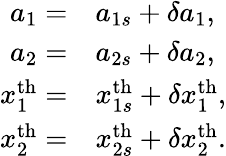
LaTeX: \begin{array}{rl}{a_{1}=}&{a_{1s}+\delta a_{1},}\\ {a_{2}=}&{a_{2s}+\delta a_{2},}\\ {x_{1}^{\mathrm{th}}=}&{x_{1s}^{\mathrm{th}}+\delta x_{1}^{\mathrm{th}},}\\ {x_{2}^{\mathrm{th}}=}&{x_{2s}^{\mathrm{th}}+\delta x_{2}^{\mathrm{th}}.}\end{array}